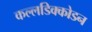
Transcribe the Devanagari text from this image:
कल्लडिक्कोडन